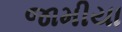
જામીયા